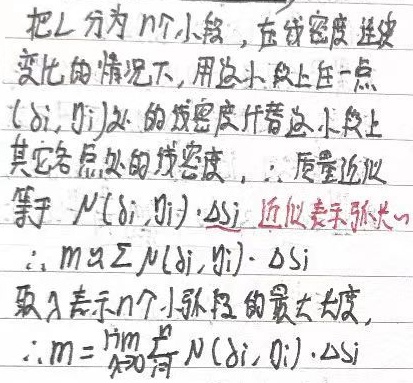
把 \(L\) 分为 \(n\) 个小段，在线密度连续变化的情况下，用这小段上任一点\((\delta_{i},\eta_{i})\) 处的线密度代替这小段上其它各点处的线密度，\(\therefore\) 质量近似等于 \(\mu(\delta_{i},\eta_{i})\cdot\Delta s_{i}\)（近似表示弧长）\(\therefore m\approx\sum_{i = 1}^{n}\mu(\delta_{i},\eta_{i})\cdot \Delta s_{i}\)。取 \(\lambda\) 表示 \(n\) 个小弧段的最大长度，\(\therefore m=\lim_{\lambda \to 0}\sum_{i = 1}^{n}\mu(\delta_{i},\eta_{i})\cdot\Delta s_{i}\)